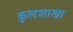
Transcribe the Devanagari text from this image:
कुलशाखा